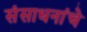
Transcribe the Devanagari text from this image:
संसाधनांचे